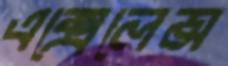
এক্সেলেন্স